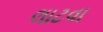
લાટવા